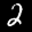
Label: 2